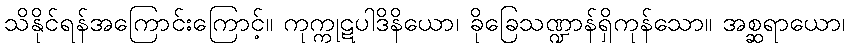
သိနိုင်ရန်အကြောင်းကြောင့်။ ကုက္ကုဋပါဒိနိယော၊ ခိုခြေသဏ္ဍာန်ရှိကုန်သော။ အစ္ဆရာယော၊